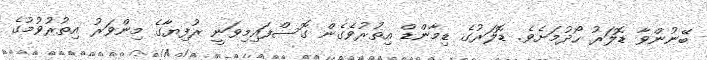
ބޭނުންވާ ޑޮލަރު ހޯދުމަށެވެ. ޑޮލަރުގެ ޑިމާންޑް އިތުރުވެގެން ގޮސްފައިމިވަނީ ރުފިޔާގެ މިންވަރު އިތުރުވުމުގެ